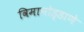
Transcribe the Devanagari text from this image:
विमानोड्डाणे